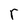
Character: r